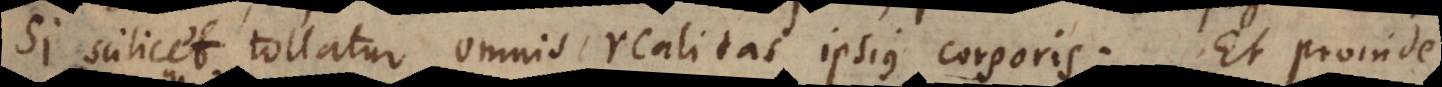
Si scilicet tollatur omnis realitas ipsius corporis. Et proinde